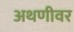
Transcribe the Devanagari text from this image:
अथणीवर